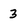
Character: 3